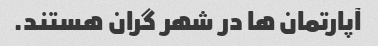
آپارتمان ها در شهر گران هستند.